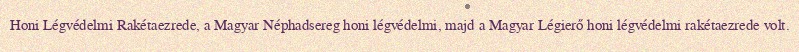
Honi Légvédelmi Rakétaezrede, a Magyar Néphadsereg honi légvédelmi, majd a Magyar Légierő honi légvédelmi rakétaezrede volt.